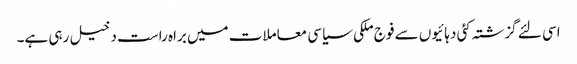
اسی لئے گزشتہ کئی دہائیوں سے فوج ملکی سیاسی معاملات میں براہ راست دخیل رہی ہے۔